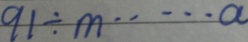
9 1 \div m \cdots a